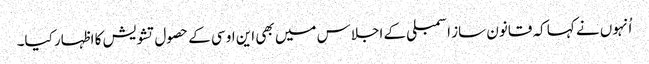
اُنہوں نے کہا کہ قانون ساز اسمبلی کے اجلاس میں بھی این او سی کے حصول تشویش کا اظہار کیا۔